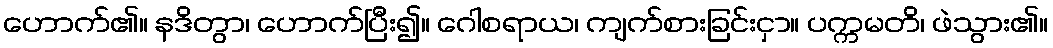
ဟောက်၏။ နဒိတွာ၊ ဟောက်ပြီး၍။ ဂေါစရာယ၊ ကျက်စားခြင်းငှာ။ ပက္ကမတိ၊ ဖဲသွား၏။